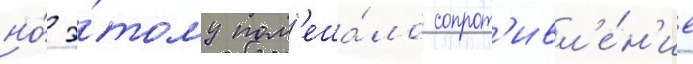
но́ э́тому пом'еша́ло сопрот'ивл'е́н'ие